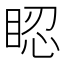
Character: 𥆾